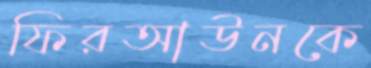
ফিরআউনকে